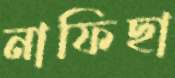
নাফিছা